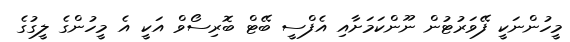
މީހުންނަކީ ފޭވަރުޓުން ނޫންކަމަށާއި އެފްސީ ބޭޓް ބޮރިސޯވް އަކީ އެ މީހުންގެ ލީގުގެ